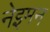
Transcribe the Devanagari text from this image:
नेइमन